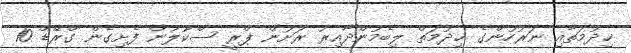
ޚިދުމަތާއި ނަރުހުންގެ ޚިދުމަތް ލިބެމުންދާއިރު ރަށުން ޕްރީ ސްކޫލުން ފެށިގެން ގްރޭޑް 10